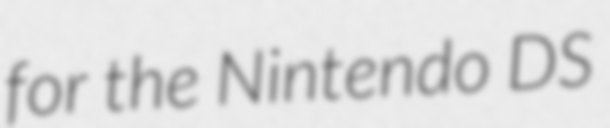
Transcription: for the Nintendo DS